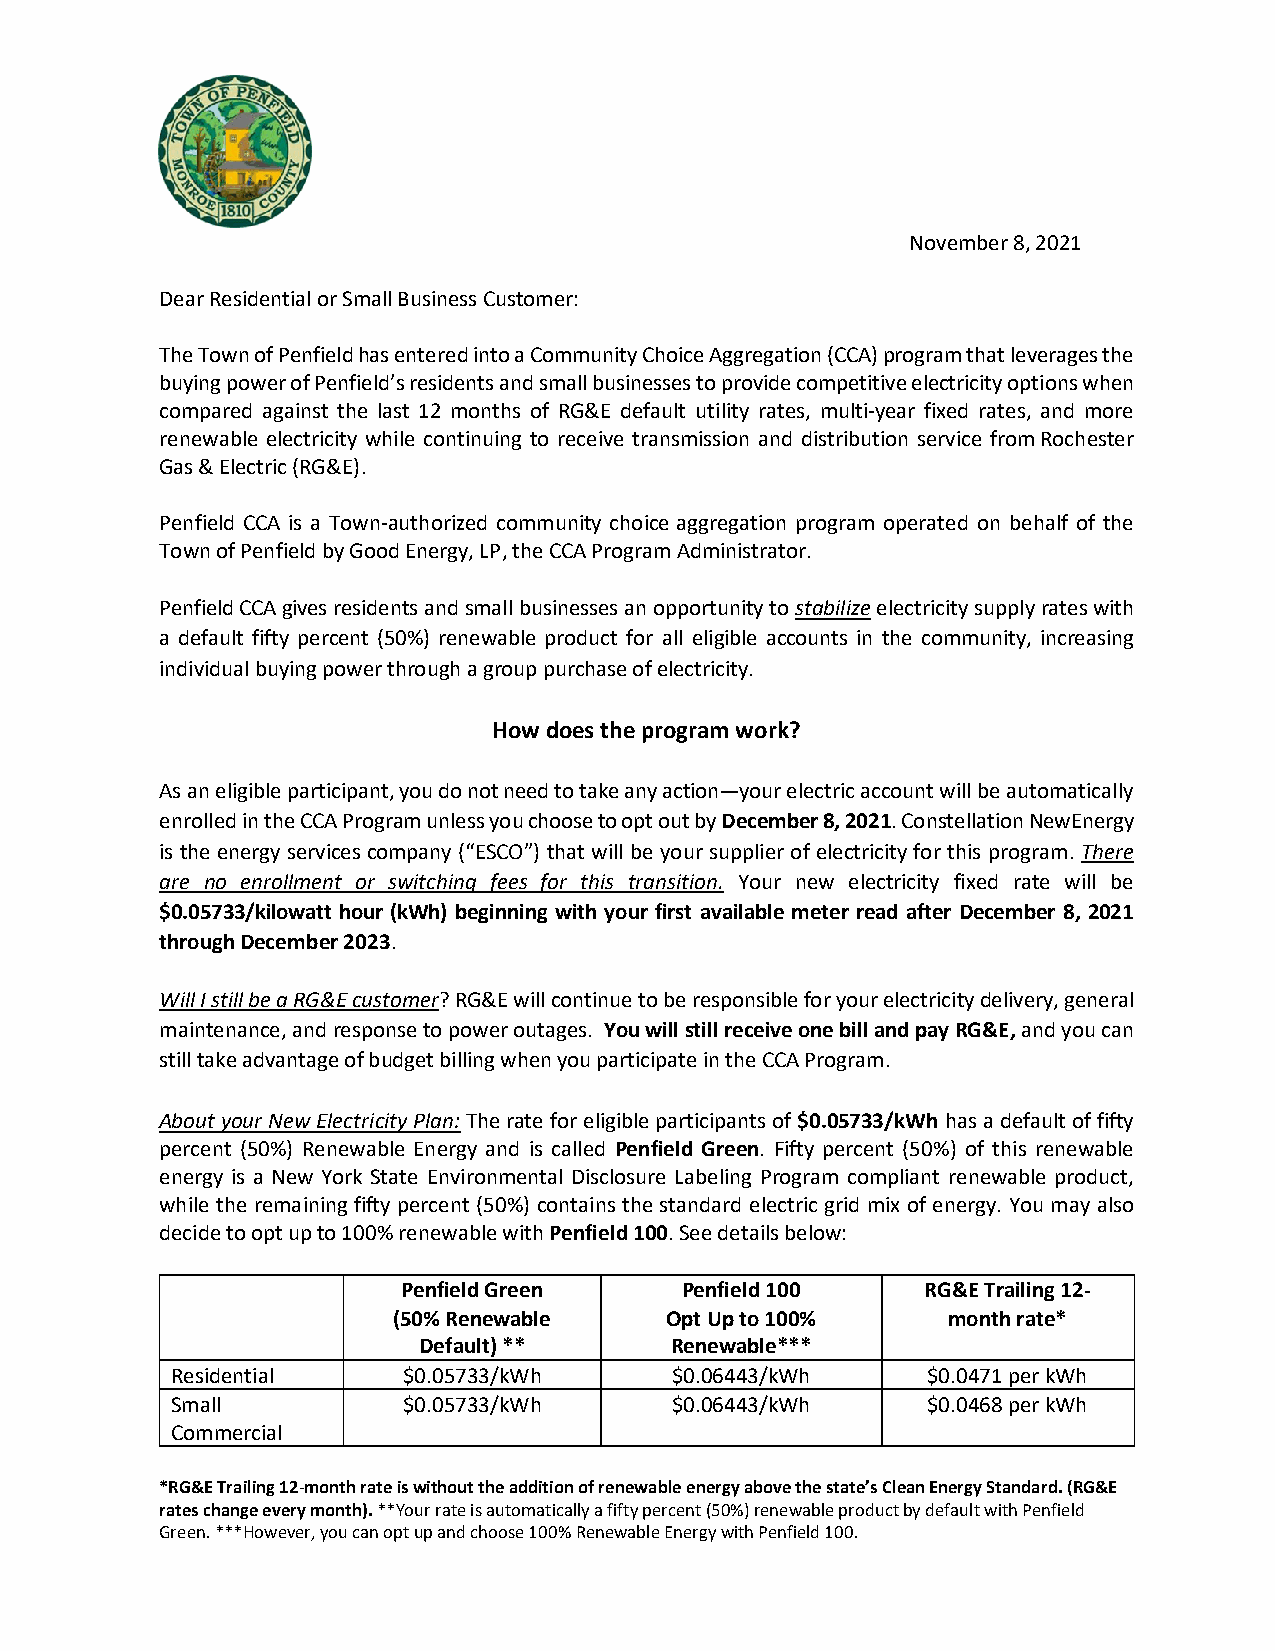
November 8, 2021
 Dear Residential or Small Business Customer:
 The Town of Penfield has entered into a Community Choice Aggregation (CCA) program that leverages the
 buying power of Penfield’s residents and small businesses to provide competitive electricity options when
 compared against the last 12 months of RG&E default utility rates, multi-year fixed rates, and more
 renewable electricity while continuing to receive transmission and distribution service from Rochester
 Gas & Electric (RG&E).
 Penfield CCA is a Town-authorized community choice aggregation program operated on behalf of the
 Town of Penfield by Good Energy, LP, the CCA Program Administrator.
 Penfield CCA gives residents and small businesses an opportunity to stabilize electricity supply rates with
 a default fifty percent (50%) renewable product for all eligible accounts in the community, increasing
 individual buying power through a group purchase of electricity.
 How does the program work?
 As an eligible participant, you do not need to take any action—your electric account will be automatically
 enrolled in the CCA Program unless you choose to opt out by December 8, 2021. Constellation NewEnergy
 is the energy services company (“ESCO”) that will be your supplier of electricity for this program. There
 are no enrollment or switching fees for this transition. Your new electricity fixed rate will be
 $0.05733/kilowatt hour (kWh) beginning with your first available meter read after December 8, 2021
 through December 2023.
 Will I still be a RG&E customer? RG&E will continue to be responsible for your electricity delivery, general
 maintenance, and response to power outages. You will still receive one bill and pay RG&E, and you can
 still take advantage of budget billing when you participate in the CCA Program.
 About your New Electricity Plan: The rate for eligible participants of $0.05733/kWh has a default of fifty
 percent (50%) Renewable Energy and is called Penfield Green. Fifty percent (50%) of this renewable
 energy is a New York State Environmental Disclosure Labeling Program compliant renewable product,
 while the remaining fifty percent (50%) contains the standard electric grid mix of energy. You may also
 decide to opt up to 100% renewable with Penfield 100. See details below:
 Penfield Green    Penfield 100    RG&E Trailing 12-
 (50% Renewable    Opt Up to 100%     month rate*
 Default) **     Renewable***
 Residential     $0.05733/kWh     $0.06443/kWh     $0.0471 per kWh
 Small           $0.05733/kWh     $0.06443/kWh     $0.0468 per kWh
 Commercial
 *RG&E Trailing 12-month rate is without the addition of renewable energy above the state’s Clean Energy Standard. (RG&E
 rates change every month). **Your rate is automatically a fifty percent (50%) renewable product by default with Penfield
 Green. ***However, you can opt up and choose 100% Renewable Energy with Penfield 100.